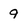
Character: 9